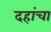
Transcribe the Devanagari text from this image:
दहांचा